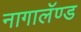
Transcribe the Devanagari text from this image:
नागालॅण्ड